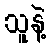
သူနဲ့